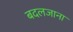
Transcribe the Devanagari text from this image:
बदलजाना